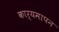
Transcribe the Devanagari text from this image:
कार्यमापन